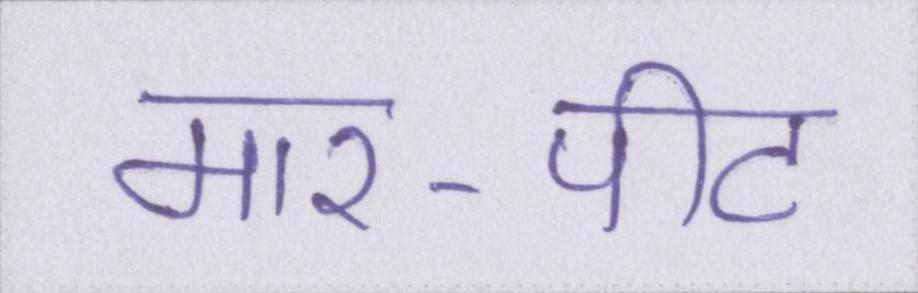
मार-पीट